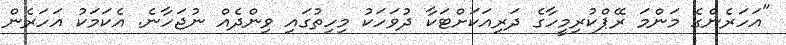
"އަހަރެންގެ މަންމަ ރޭޕްކުރިމީހާގެ ދަރިއަކަށްޓަކާ ދުވަހަކު މިހިތުގައި ވިންދެއް ނުޖަހާނެ. އެކަމަކު އަހަރެން